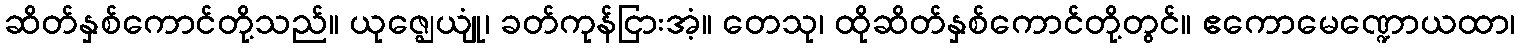
ဆိတ်နှစ်ကောင်တို့သည်။ ယုဇ္ဈေယျုံ၊ ခတ်ကုန်ငြားအံ့။ တေသု၊ ထိုဆိတ်နှစ်ကောင်တို့တွင်။ ဧကောမေဏ္ဍောယထာ၊